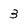
Character: 3